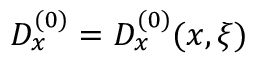
D _ { x } ^ { ( 0 ) } = D _ { x } ^ { ( 0 ) } ( x , \xi )